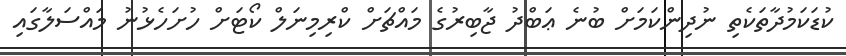
ކުޑަކަމުދާތަކެތި ނުދިންކަމަށް ބުނެ ޢަބްދު ޖާބިރުގެ މައްޗަށް ކްރިމިނަލް ކޯޓަށް ހުށަހެޅުނު މައްސަލާގައި